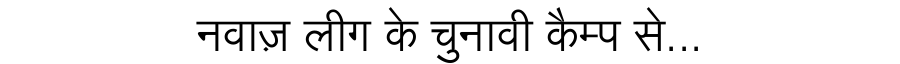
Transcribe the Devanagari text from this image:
नवाज़ लीग के चुनावी कैम्प से...